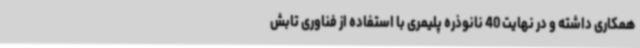
همکاری داشته و در نهایت 40 نانوذره پلیمری با استفاده از فناوری تابش